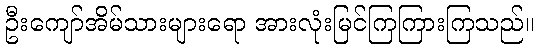
ဦးကျော်အိမ်သားများရော အားလုံးမြင်ကြကြားကြသည်။